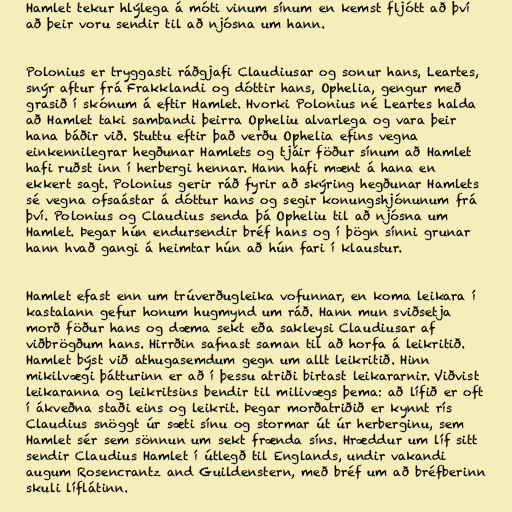
Hamlet tekur hlýlega á móti vinum sínum en kemst fljótt að því
að þeir voru sendir til að njósna um hann.

Polonius er tryggasti ráðgjafi Claudiusar og sonur hans, Leartes,
snýr aftur frá Frakklandi og dóttir hans, Ophelia, gengur með
grasið í skónum á eftir Hamlet. Hvorki Polonius né Leartes halda
að Hamlet taki sambandi þeirra Opheliu alvarlega og vara þeir
hana báðir við. Stuttu eftir það verðu Ophelia efins vegna
einkennilegrar hegðunar Hamlets og tjáir föður sínum að Hamlet
hafi ruðst inn í herbergi hennar. Hann hafi mænt á hana en
ekkert sagt. Polonius gerir ráð fyrir að skýring hegðunar Hamlets
sé vegna ofsaástar á dóttur hans og segir konungshjónunum frá
því. Polonius og Claudius senda þá Opheliu til að njósna um
Hamlet. Þegar hún endursendir bréf hans og í þögn sínni grunar
hann hvað gangi á heimtar hún að hún fari í klaustur.

Hamlet efast enn um trúverðugleika vofunnar, en koma leikara í
kastalann gefur honum hugmynd um ráð. Hann mun sviðsetja
morð föður hans og dæma sekt eða sakleysi Claudiusar af
viðbrögðum hans. Hirrðin safnast saman til að horfa á leikritið.
Hamlet býst við athugasemdum gegn um allt leikritið. Hinn
mikilvægi þátturinn er að í þessu atriði birtast leikararnir. Viðvist
leikaranna og leikritsins bendir til milivægs þema: að lífið er oft
í ákveðna staði eins og leikrit. Þegar morðatriðið er kynnt rís
Claudius snöggt úr sæti sínu og stormar út úr herberginu, sem
Hamlet sér sem sönnun um sekt frænda síns. Hræddur um líf sitt
sendir Claudius Hamlet í útlegð til Englands, undir vakandi
augum Rosencrantz and Guildenstern, með bréf um að bréfberinn
skuli líflátinn.